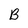
Character: B